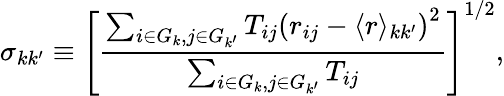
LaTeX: \sigma_{kk^{\prime}}\equiv\left[\frac{\sum_{i\in G_{k},j\in G_{k^{\prime}}}T_{ij}\left(r_{ij}-\langle r\rangle_{kk^{\prime}}\right)^{2}}{\sum_{i\in G_{k},j\in G_{k^{\prime}}}{T_{ij}}}\right]^{1/2},